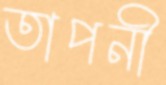
তাপনী